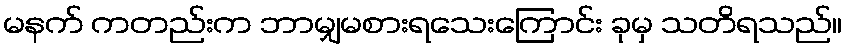
မနက် ကတည်းက ဘာမျှမစားရသေးကြောင်း ခုမှ သတိရသည်။